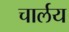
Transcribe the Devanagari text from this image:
चार्लय